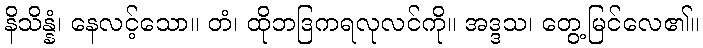
နိသိန္နံ၊ နေလင့်သော။ တံ၊ ထိုဘဒြကရလုလင်ကို။ အဒ္ဒသ၊ တွေ့မြင်လေ၏။